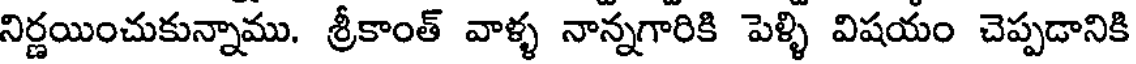
నిర్ణయించుకున్నాము. శ్రీకాంత్ వాళ్ళ నాన్నగారికి పెళ్ళి విషయం చెప్పడానికి